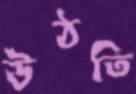
উঠতি